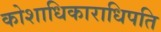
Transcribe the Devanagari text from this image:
कोशाधिकाराधिपति